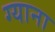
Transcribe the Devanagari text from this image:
ग्याना